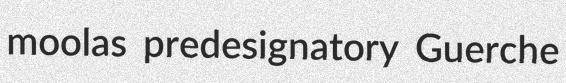
moolas predesignatory Guerche